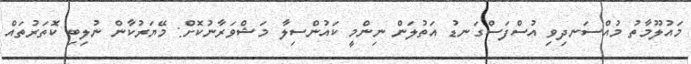
މައުލޫމާތު މުއްސަނދިވި އުސްފަސްގަނޑު އަތުލަން ނިންމީ ކައުންސިލާ މަޝްވަރާނުކޮށް: މޭޔަރުކާން ނުލިބި ކޮތަރުތައް